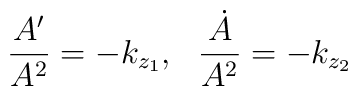
\frac{A^\prime}{A^2}=-k_{z_1},\ \ \frac{\dot A}{A^2}=-k_{z_2}